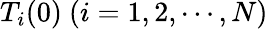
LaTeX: T_{i}(0)~(i=1,2,\cdots,N)